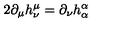
2 \partial _ { \mu } h _ { \nu } ^ { \mu } = \partial _ { \nu } h _ { \alpha } ^ { \alpha }